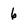
Character: 6